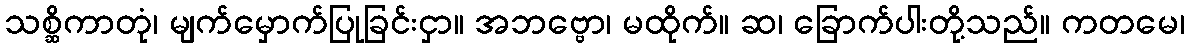
သစ္ဆိကာတုံ၊ မျက်မှောက်ပြုခြင်းငှာ။ အဘဗ္ဗော၊ မထိုက်။ ဆ၊ ခြောက်ပါးတို့သည်။ ကတမေ၊